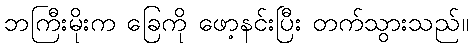
ဘကြီးမိုးက ခြေကို ဖော့နင်းပြီး တက်သွားသည်။